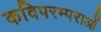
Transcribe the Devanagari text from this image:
कविपरम्पराओं